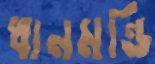
ধানমন্ডি